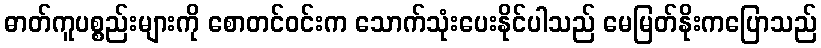
ဓာတ်ကူပစ္စည်းများကို စောတင်ဝင်းက သောက်သုံးပေးနိုင်ပါသည် မေမြတ်နိုးကပြောသည်